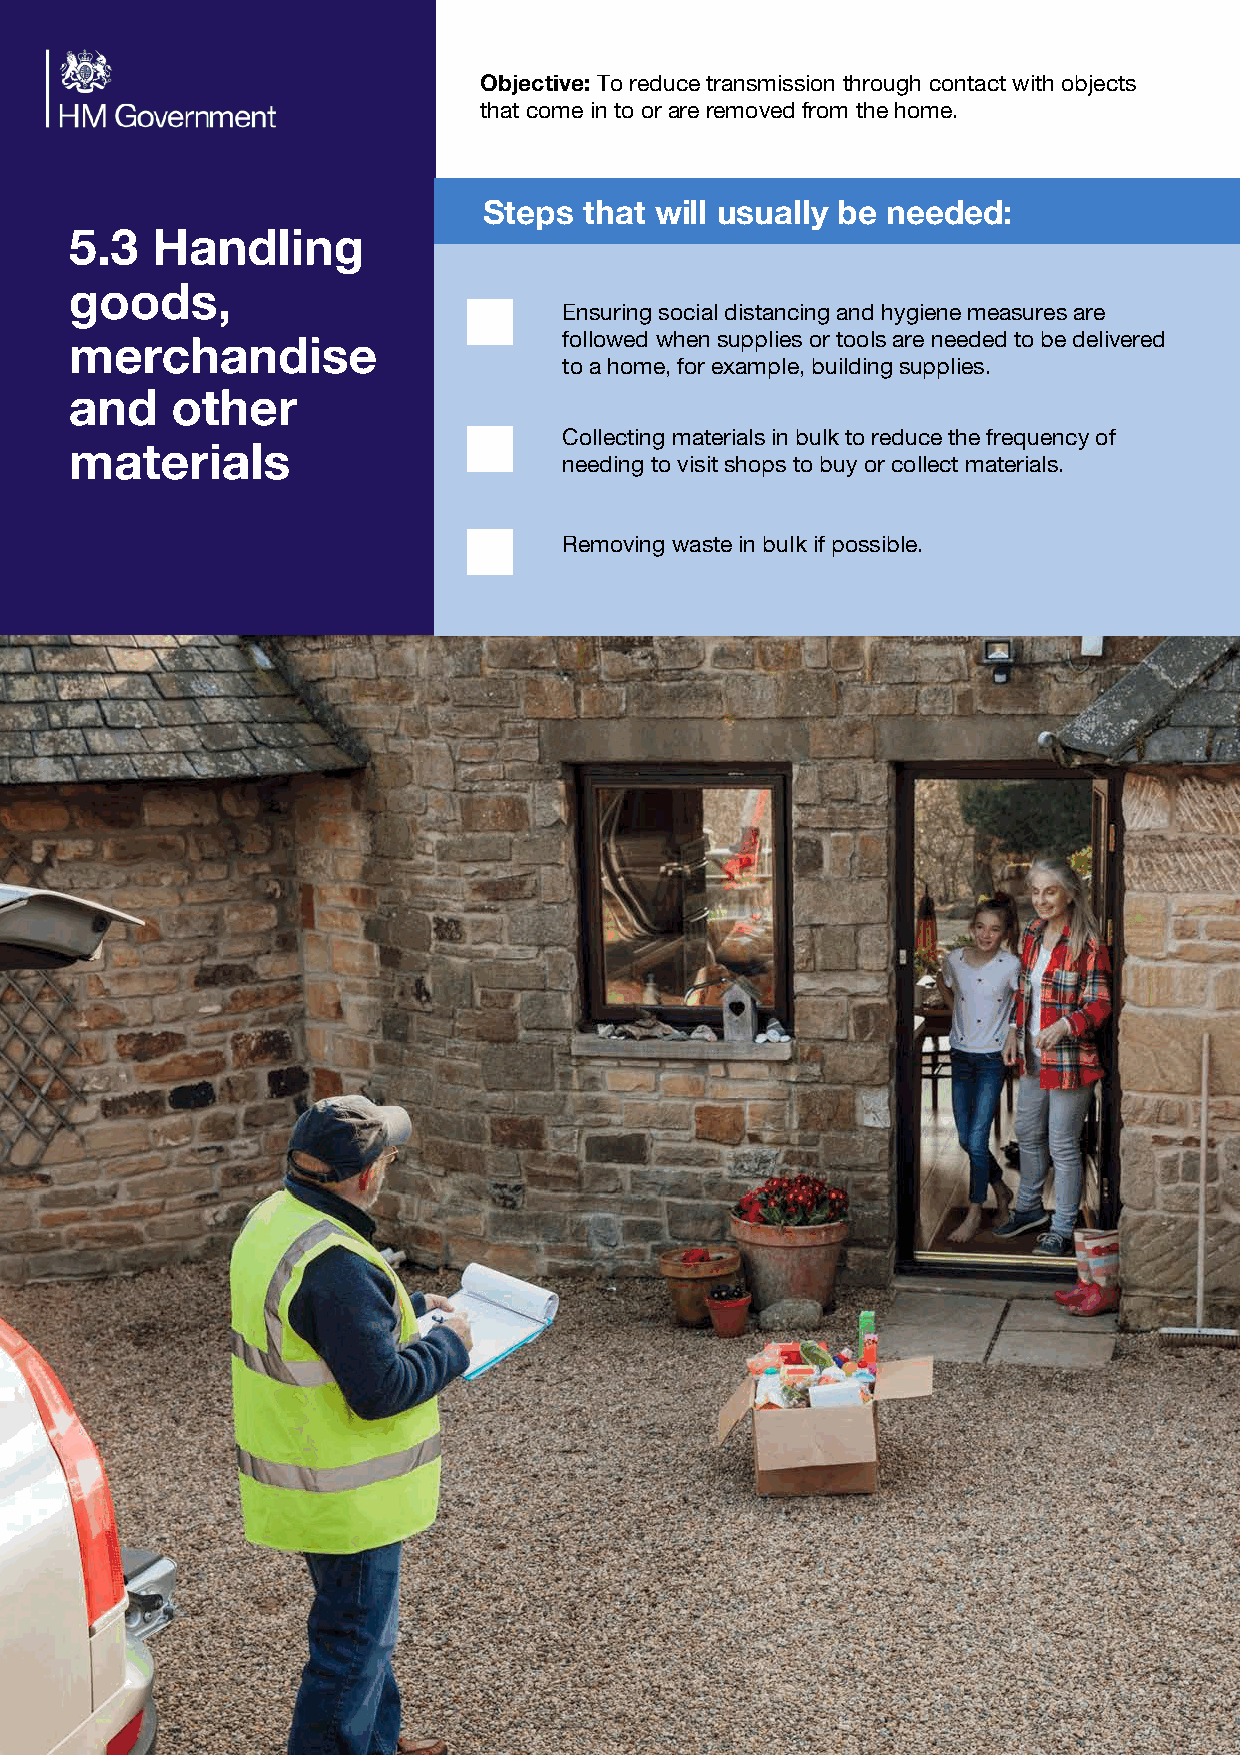
Objective: To reduce transmission through contact with objects
 that come in to or are removed from the home.
 s    t  ill     lly e        :
 Step   tha w   usua    b   needed
 3
 5.   Handling
 ,
 goods
 Ensuring social distancing and hygiene measures are
 e             followed when supplies or tools are needed to be delivered
 merchandis
 to a home, for example, building supplies.
 d       er
 an    oth
 Collecting materials in bulk to reduce the frequency of
 s
 material                        needing to visit shops to buy or collect materials.
 Removing waste in bulk if possible.